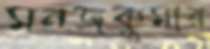
মনজকুমার